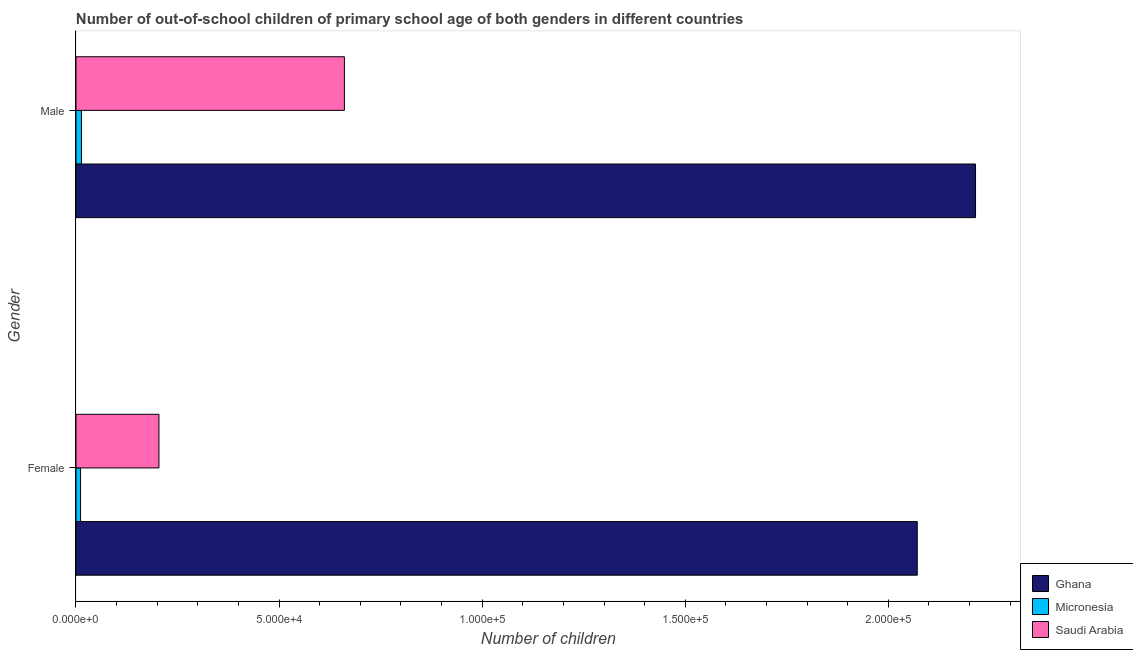
| Gender | Ghana | Micronesia | Saudi Arabia |
 | --- | --- | --- | --- |
 | Female | 2.07e+05 | 1.13e+03 | 2.04e+04 |
 | Male | 2.21e+05 | 1.34e+03 | 6.61e+04 |